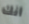
أنك